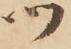
ツ